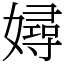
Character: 㜦